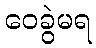
ဝေခွဲမရ